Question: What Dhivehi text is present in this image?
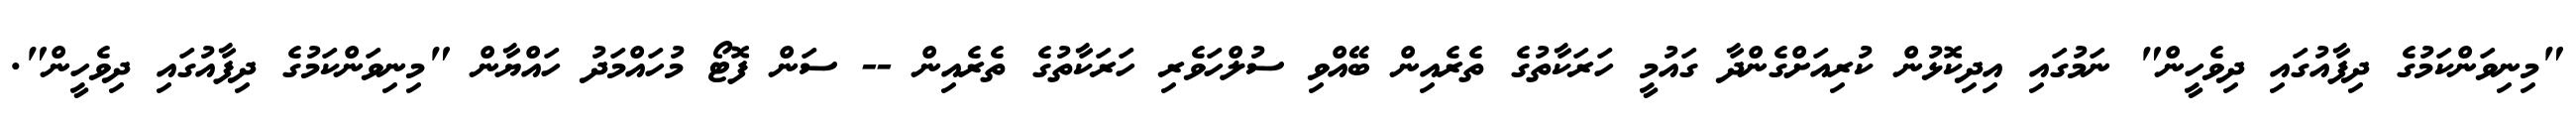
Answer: "މިނިވަންކަމުގެ ދިފާއުގައި ދިވެހީން" ނަމުގައި އިދިކޮޅުން ކުރިއަށްގެންދާ ގައުމީ ހަރަކާތުގެ ތެރެއިން ބޭއްވި ސުލްހަވެރި ހަރަކާތުގެ ތެރެއިން -- ސަން ފޮޓޯ މުހައްމަދު ހައްޔާން "މިނިވަންކަމުގެ ދިފާއުގައި ދިވެހީން".